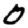
Digit: 0